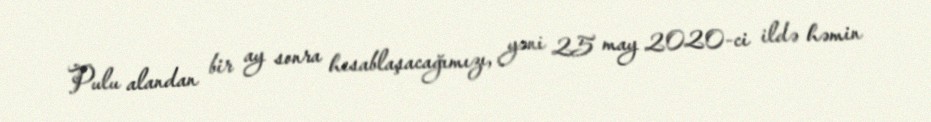
Pulu alandan bir ay sonra hesablaşacağımızı, yəni 25 may 2020-ci ildə həmin